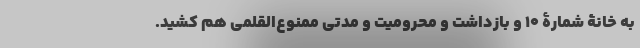
به خانۀ شمارۀ 10 و بازداشت و محرومیت و مدتی ممنوع‌القلمی هم کشید.